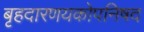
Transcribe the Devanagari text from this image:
बृहदारणयकोपनिषद